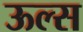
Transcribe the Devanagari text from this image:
ऊल्स